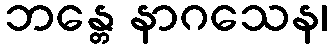
ဘန္တေ နာဂသေန၊